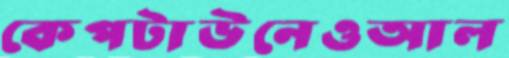
কেপটাউনেওআল